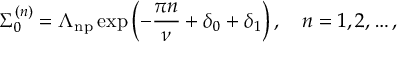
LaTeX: \Sigma _ { 0 } ^ { ( n ) } = \Lambda _ { \mathrm { n p } } \exp \left( - \frac { \pi n } { \nu } + \delta _ { 0 } + \delta _ { 1 } \right) , \quad n = 1 , 2 , \dots ,